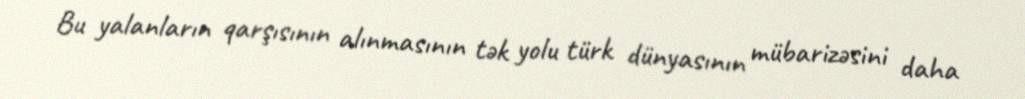
Bu yalanların qarşısının alınmasının tək yolu türk dünyasının mübarizəsini daha